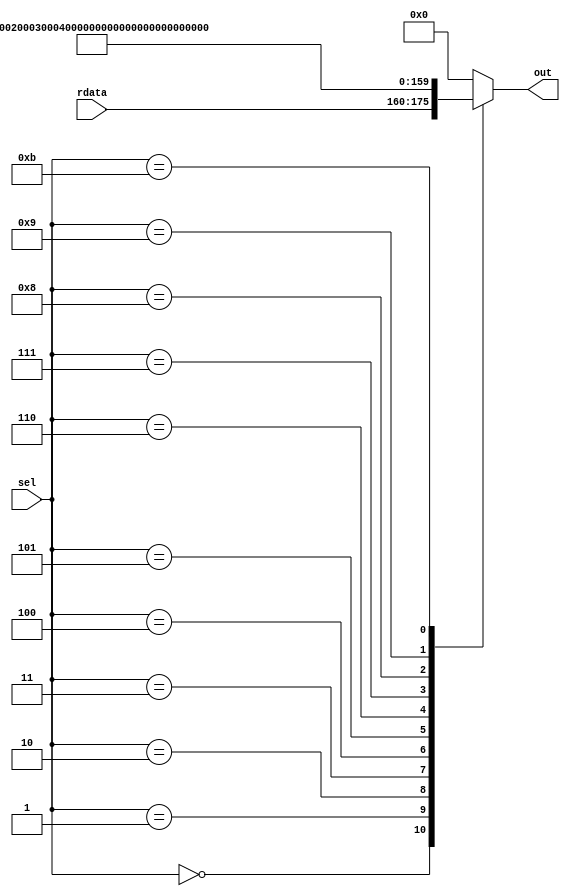
/*
   This file was generated automatically by Alchitry Labs version 1.2.7.
   Do not edit this file directly. Instead edit the original Lucid source.
   This is a temporary file and any changes made to it will be destroyed.
*/

module aselmux_8 (
    input [3:0] sel,
    input [15:0] rdata,
    output reg [15:0] out
  );
  
  
  
  always @* begin
    
    case (sel)
      4'h0: begin
        out = rdata;
      end
      4'h1: begin
        out = 16'h0001;
      end
      4'h2: begin
        out = 16'h0002;
      end
      4'h3: begin
        out = 16'h0003;
      end
      4'h4: begin
        out = 16'h0004;
      end
      4'h5: begin
        out = 16'h0005;
      end
      4'h6: begin
        out = 16'h0006;
      end
      4'h7: begin
        out = 16'h0007;
      end
      4'h8: begin
        out = 16'h0008;
      end
      4'h9: begin
        out = 16'h0080;
      end
      4'ha: begin
        out = 16'h0000;
      end
      4'hb: begin
        out = 16'h003c;
      end
      default: begin
        out = 16'h0000;
      end
    endcase
  end
endmodule